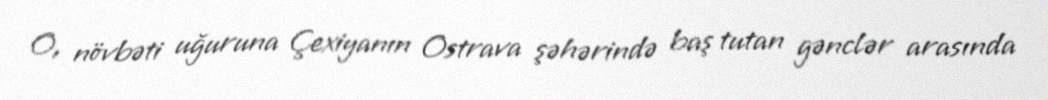
O, növbəti uğuruna Çexiyanın Ostrava şəhərində baş tutan gənclər arasında